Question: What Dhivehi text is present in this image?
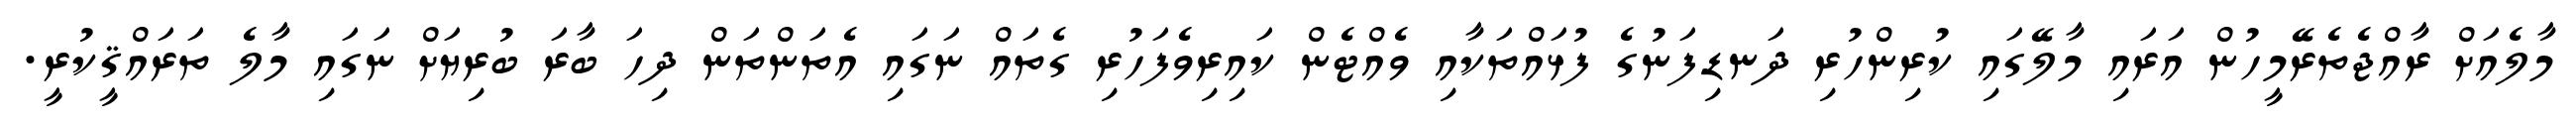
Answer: މާލެއަށް ރާއްޖެތެރޭމީހުން އަރައި މާލޭގައި ކުރިންހުރި ދަނޑިފަނުގެ ފުޅައްތަކާއި ވެއްޓެން ކައިރިވެފަހުރި ގެތައް ނަގައި އެތަންތަން ދިހަ ބާރަ ބުރިޔަށް ނަގައި މާލެ ތަރައްޤީކުރީ.